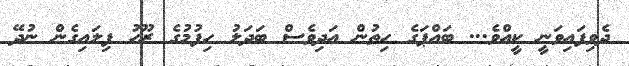
ދެވިފައިވަނީ ކީއްވެ... ބައްޕަގެ ހިތުން އަދިވެސް ބަދަލު ހިފުމުގެ ރޫހު ފިލައިގެން ނުދޭ